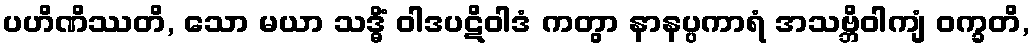
ပဟိဏိဿတိ, သော မယာ သဒ္ဓိံ ဝါဒပဋိဝါဒံ ကတွာ နာနပ္ပကာရံ အသဗ္ဘိဝါကျံ ဝက္ခတိ,